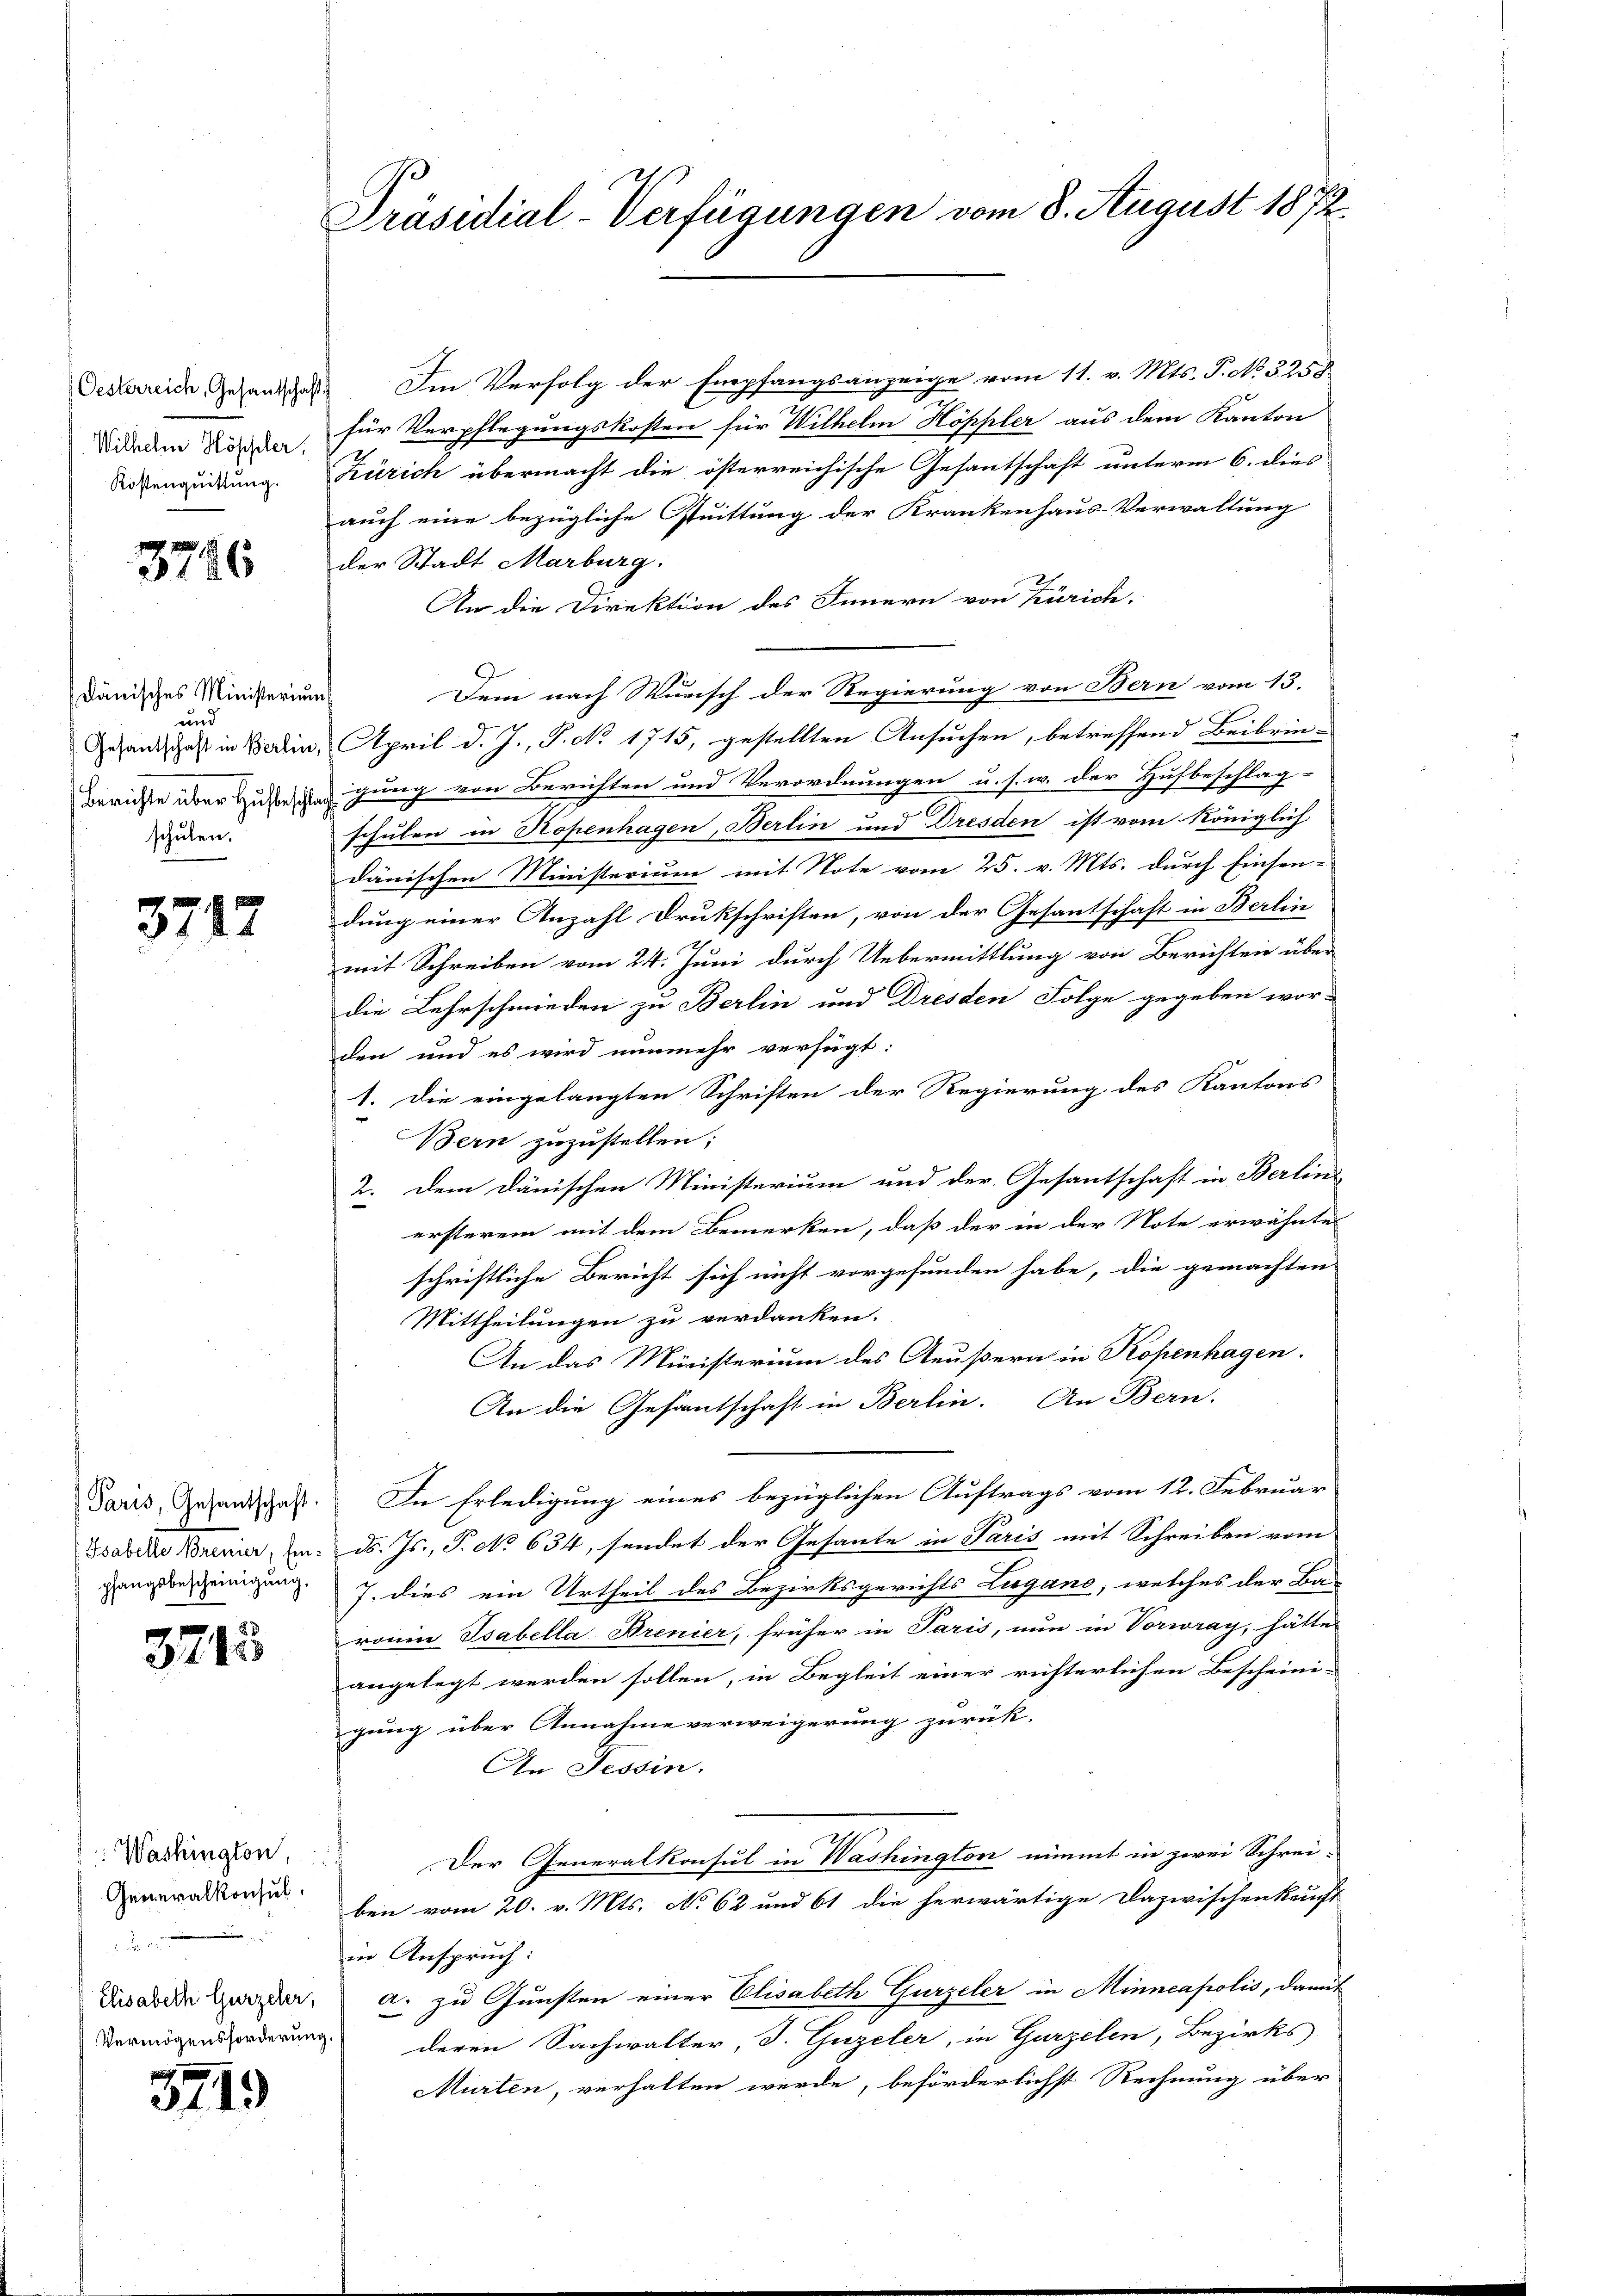
Oesterreich, Gesandschaft
Wilhelm Höppler,
Kostenquittung.

3796

dänisches Ministerium
un
Gesantschaft in Berlin,
Berichte über Hufbeschl
schulen.

3717

Paris, Gesantschaft.
Gsabelle Brenner, Ein-
pfangsbescheinigung.

3713

Washington,
Generalkonsul
 B a
Elisabeth Gurzeler,
Vermögensforderung

5719

Präsidial-Verfügungen vom 8. August 1872.

Im Verfolg der Empfangsanzeige vom 11. v. Mts. P. No. 3258
für Verpflegungskosten für Wilhelm Höppler aus dem Kanton
Zürich übermacht die österreichische Gesantschaft unterm 6. dies
auch eine bezügliche Stuittung der Krankenhaus Verwaltung
der Stadt Marburg.
An die Direktion des Innern von Zürich.
.
Dein nach Skurisch der Regierung von Bern vom 13.
April d. J., S. No. 1715, gestellten Ansuchen, betreffend Beibrin-
gung von Berichten und Verordnungen u. s. w. der Hufbeschlag-
schulen in Kopenhagen, Berlin und Dresden ist vom Königlich
dänischen Ministerium mit Note vom 25. v. Mts. durch Einsen-
dung einer Anzahl Drukschriften, von der Gesantschaft in Berlin
mit Schreiben vom 24. Juni durch Uebermittlung von Berichten über
die Lehrschwieden zu Berlin und Dresden Folge gegeben wor-
den und es wird nunmehr verfügt:
1. Die eingelangten Schriften der Regierung des Kantons
Bern zuzustellen;
2. Dem dänischen Ministerium und der Gesantschaft in Berlin
ersterem mit dem Bemerken, daß der in der Note erwähntes
schriftliche Bericht sich nicht vorgefunden habe, die gemachten
Mittheilungen zu verdanken.
An das Ministerium des Aeußern in Kopenhagen.
An die Gesantschaft in Berlin. An Bern.
In Erledigung eines bezüglichen Auftrags vom 12. Februar
d. Js., P. No 634, sendet der Gesante in Paris mit Schreiben vom
7. dies ein Urtheil des Bezirksgerichts Lugano, welches der Ba
ronen Tabella Brenier, früher in Paris, nun in Vorwray, hätte
angelegt werden sollen, in Begleit einer richterlichen Bescheini-
gung über Annahme verweigerung zurück.
An Tessin.
Der Generalkonsul in Washington nimmt in zwei Schrei-
ben vom 20. v. Mts. No 62 und 61 die herwärtige Dazwischenkauft
in Anspruch:
a. zu Gunsten einer Elisabeth Gurzeler in Minneapolis, damit
deren Sachwalter, J. Guzeler, in Gurzelen, Bezirks
Murten, verhalten werde, beförderlichst Rechnung über